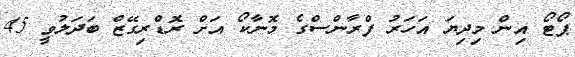
ޕޯޓޯ އިން މިދިޔަ އަހަރު ފްރާންސްގެ މޮނާކޯ އަށް ރޮޑްރިގޭޒް ބަދަލުވީ 45